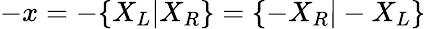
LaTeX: -x=-\{ X_{L}|X_{R}\} =\{ -X_{R}|-X_{L}\}